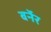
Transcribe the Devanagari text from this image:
बर्नेर